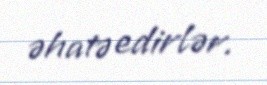
əhatə edirlər.